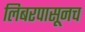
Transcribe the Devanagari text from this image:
लिबरपासूनच